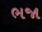
ભજા